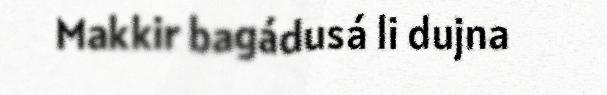
Makkir bagádusá li dujna